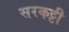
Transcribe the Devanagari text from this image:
सरकट्टी